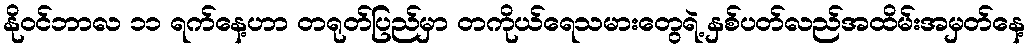
နိုဝင်ဘာလ ၁၁ ရက်နေ့ဟာ တရုတ်ပြည်မှာ တကိုယ်ရေသမားတွေရဲ့ နှစ်ပတ်လည်အထိမ်းအမှတ်နေ့